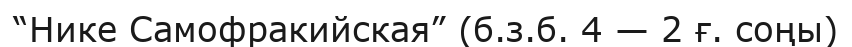
“Нике Самофракийская” (б.з.б. 4 — 2 ғ. соңы)